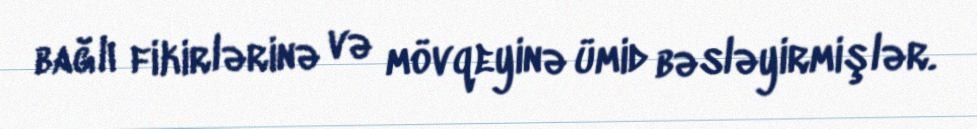
bağlı fikirlərinə və mövqeyinə ümid bəsləyirmişlər.